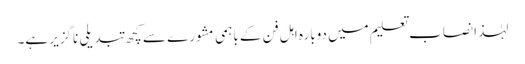
لہٰذا نصاب تعلیم میں دوبارہ اہل فن کے باہمی مشورے سے کچھ تبدیلی ناگزیر ہے۔